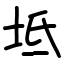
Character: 坻